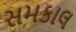
સમકાલ